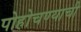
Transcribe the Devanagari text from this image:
पोहोचण्याची